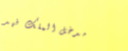
مدخل الملك فهد